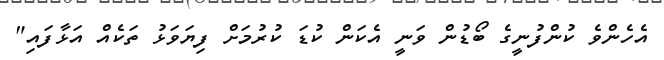
އެހެންވެ ކުންފުނީގެ ބޯޑުން ވަނީ އެކަން ކުޑަ ކުރުމަށް ފިޔަވަޅު ތަކެއް އަޅާފައި"